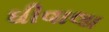
ઘીવાલા